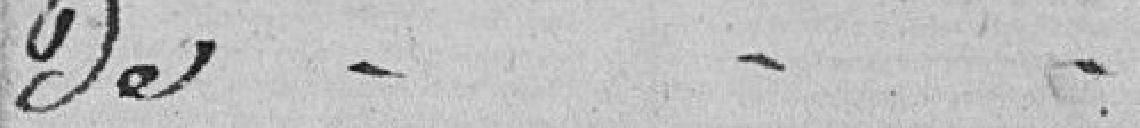
Des